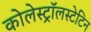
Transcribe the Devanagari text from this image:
कोलेस्ट्रॉलस्टेटिन